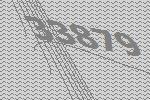
33879